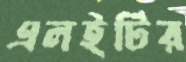
এলইটির